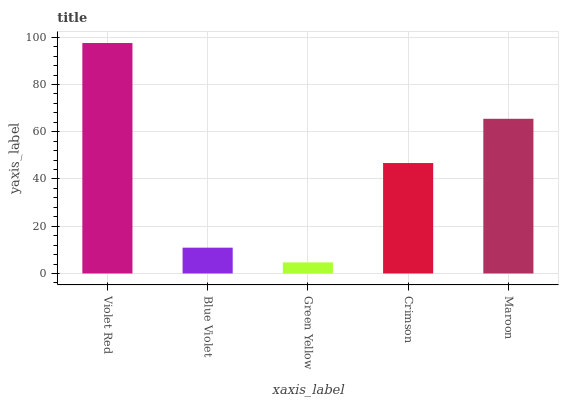
| xaxis_label | bars |
 | --- | --- |
 | Violet Red | 97.6 |
 | Blue Violet | 10.9 |
 | Green Yellow | 4.69 |
 | Crimson | 46.8 |
 | Maroon | 65.5 |